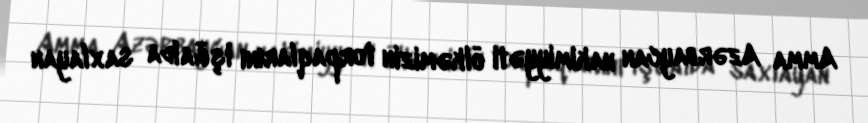
Amma Azərbaycan hakimiyyəti ölkəmizin torpaqlarını işğalda saxlayan